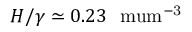
H / \gamma \simeq 0 . 2 3 ~ \mathrm { \ m u m ^ { - 3 } }